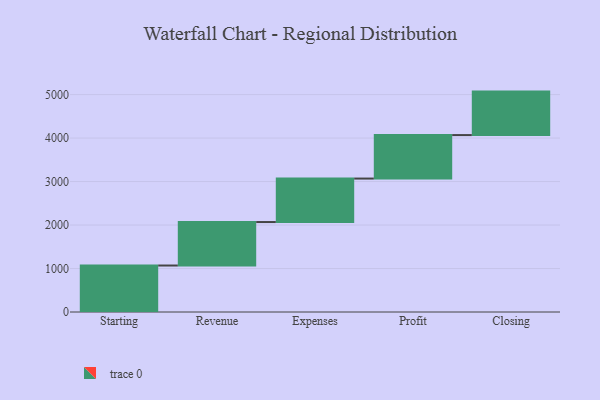
{"axis": {"x": "Step", "y": "Value"}, "legend": [""], "data": [{"x": "Starting", "y": 1069.0, "type": ""}, {"x": "Revenue", "y": 1000, "type": ""}, {"x": "Expenses", "y": 1000, "type": ""}, {"x": "Profit", "y": 1000, "type": ""}, {"x": "Closing", "y": 1000, "type": ""}]}